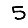
Digit: 5